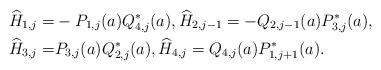
LaTeX: \begin{align*} \widehat H_{1,j}=&-P_{1,j}(a)Q_{4,j}^*(a), \widehat H_{2,j-1}=-Q_{2,j-1}(a)P_{3,j}^{*}(a), \\ \widehat H_{3,j}=&P_{3,j}(a)Q_{2,j}^*(a), \widehat H_{4,j}=Q_{4,j}(a) P_{1,j+1}^{*}(a). \end{align*}